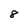
Character: 8